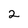
Character: 2